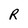
Character: R